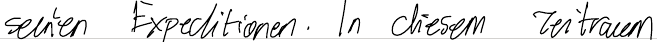
seinen Expeditionen. In diesem Zeitraum